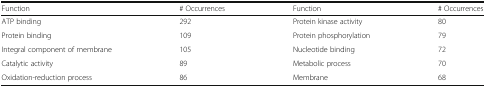
<table><thead><tr><td><b>Function</b></td><td><b># Occurrences</b></td><td><b>Function</b></td><td><b># Occurrences</b></td></tr></thead><tbody><tr><td>ATP binding</td><td>292</td><td>Protein kinase activity</td><td>80</td></tr><tr><td>Protein binding</td><td>109</td><td>Protein phosphorylation</td><td>79</td></tr><tr><td>Integral component of membrane</td><td>105</td><td>Nucleotide binding</td><td>72</td></tr><tr><td>Catalytic activity</td><td>89</td><td>Metabolic process</td><td>70</td></tr><tr><td>Oxidation-reduction process</td><td>86</td><td>Membrane</td><td>68</td></tr></tbody></table>